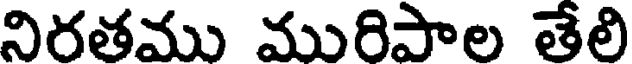
నిరతము మురిపాల తేలి